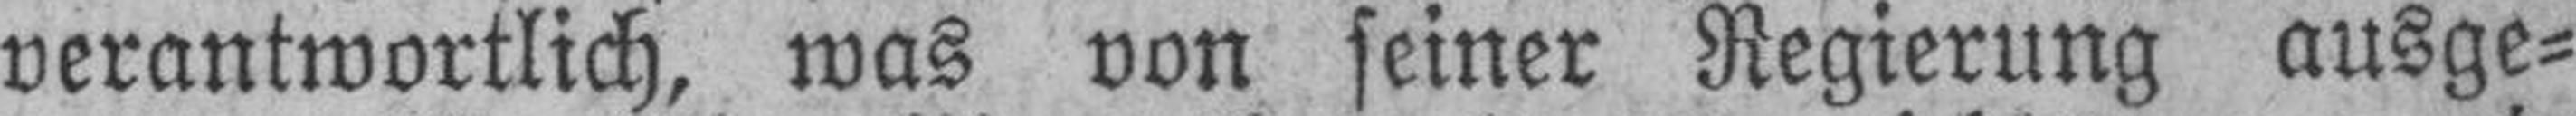
verantwortlich, was von seiner Regierung ausge¬